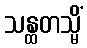
သန္ထတသ္မိံ